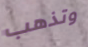
وتذهب